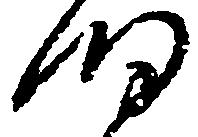
細